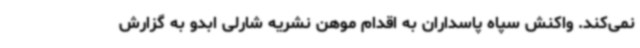
نمی‌کند. واکنش سپاه پاسداران به اقدام موهن نشریه شارلی ابدو به گزارش